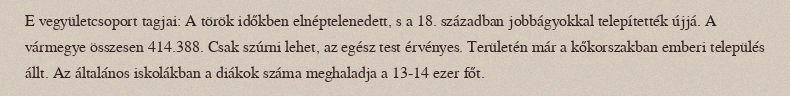
E vegyületcsoport tagjai: A török időkben elnéptelenedett, s a 18. században jobbágyokkal telepítették újjá. A vármegye összesen 414.388. Csak szúrni lehet, az egész test érvényes. Területén már a kőkorszakban emberi település állt. Az általános iskolákban a diákok száma meghaladja a 13-14 ezer főt.